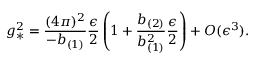
g _ { * } ^ { 2 } = \frac { ( 4 \pi ) ^ { 2 } } { - b _ { ( 1 ) } } \frac { \epsilon } { 2 } \left( 1 + \frac { b _ { ( 2 ) } } { b _ { ( 1 ) } ^ { 2 } } \frac { \epsilon } { 2 } \right) + { \cal O } ( \epsilon ^ { 3 } ) .